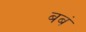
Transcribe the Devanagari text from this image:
बबं